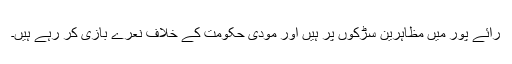
رائے پور میں مظاہرین سڑکوں پر ہیں اور مودی حکومت کے خلاف نعرے بازی کر رہے ہیں۔